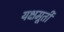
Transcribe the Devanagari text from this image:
यक्षमूर्ती